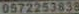
0572253838